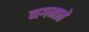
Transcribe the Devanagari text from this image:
नगमाते